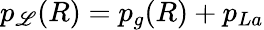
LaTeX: p_{\mathscr{L}}(R)=p_{g}(R)+p_{La}